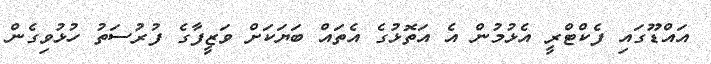
އައްޑޫގައި ފެކްޓްރީ އެޅުމުން އެ އަތޮޅުގެ އެތައް ބަޔަކަށް ވަޒީފާގެ ފުރުސަތު ހުޅުވިގެން